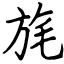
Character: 旄